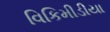
વિકિમીડીયા